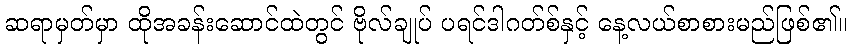
ဆရာမှတ်မှာ ထိုအခန်းဆောင်ထဲတွင် ဗိုလ်ချုပ် ပရင်ဒါဂတ်စ်နှင့် နေ့လယ်စာစားမည်ဖြစ်၏။